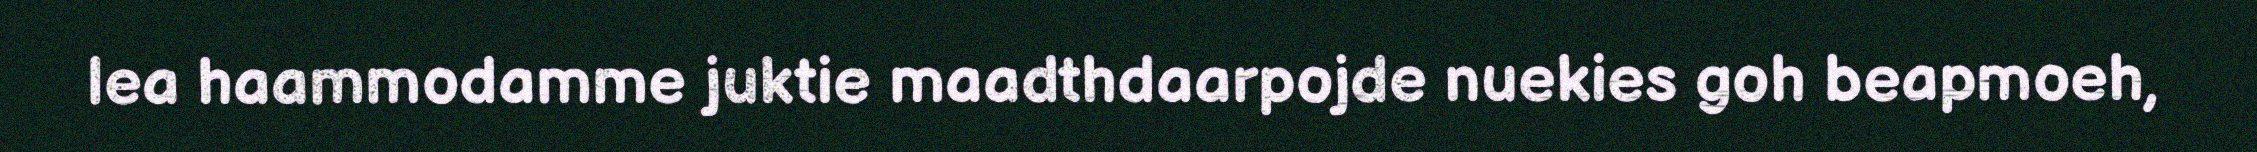
lea haammodamme juktie maadthdaarpojde nuekies goh beapmoeh,